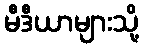
မီဒီယာများသို့